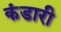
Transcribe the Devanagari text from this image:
कंडारी